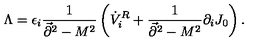
\Lambda = \epsilon _ { i } { \frac { 1 } { \vec { \partial } ^ { 2 } - M ^ { 2 } } } \left( \dot { V } _ { i } ^ { R } + { \frac { 1 } { \vec { \partial } ^ { 2 } - M ^ { 2 } } } \partial _ { i } J _ { 0 } \right) .